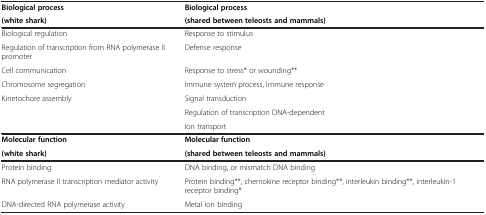
<table><thead><tr><td><b>Biological process</b></td><td><b>Biological process</b></td></tr><tr><td><b>(white shark)</b></td><td><b>(shared between teleosts and mammals)</b></td></tr></thead><tbody><tr><td>Biological regulation</td><td>Response to stimulus</td></tr><tr><td>Regulation of transcription from RNA polymerase IIpromoter</td><td>Defense response</td></tr><tr><td>Cell communication</td><td>Response to stress* or wounding**</td></tr><tr><td>Chromosome segregation</td><td>Immune system process, Immune response</td></tr><tr><td>Kinetochore assembly</td><td>Signal transduction</td></tr><tr><td> </td><td>Regulation of transcription DNA-dependent</td></tr><tr><td> </td><td>Ion transport</td></tr><tr><td><b>Molecular function</b></td><td><b>Molecular function</b></td></tr><tr><td><b>(white shark)</b></td><td><b>(shared between teleosts and mammals)</b></td></tr><tr><td>Protein binding</td><td>DNA binding, or mismatch DNA binding</td></tr><tr><td>RNA polymerase II transcription mediator activity</td><td>Protein binding**, chemokine receptor binding**, interleukinbinding**, interleukin-1 receptor binding*</td></tr><tr><td>DNA-directed RNA polymerase activity</td><td>Metal ion binding</td></tr></tbody></table>